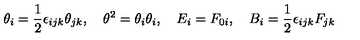
\theta _ { i } = \frac { 1 } { 2 } \epsilon _ { i j k } \theta _ { j k } , \quad \theta ^ { 2 } = \theta _ { i } \theta _ { i } , \quad E _ { i } = F _ { 0 i } , \quad B _ { i } = \frac { 1 } { 2 } \epsilon _ { i j k } F _ { j k }